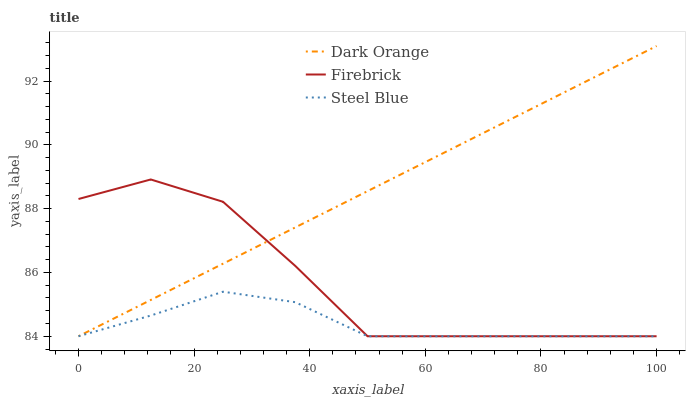
| xaxis_label | Dark Orange | Firebrick | Steel Blue |
 | --- | --- | --- | --- |
 | 0 | 84 | 88.3 | 84 |
 | 12.5 | 85.1 | 88.9 | 84.6 |
 | 25 | 86.3 | 88.2 | 85.4 |
 | 37.5 | 87.4 | 86.2 | 85.1 |
 | 50 | 88.5 | 84 | 84 |
 | 62.5 | 89.7 | 84 | 84 |
 | 75 | 90.8 | 84 | 84 |
 | 87.5 | 92 | 84 | 84 |
 | 100 | 93.1 | 84 | 84 |